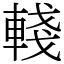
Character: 輚